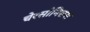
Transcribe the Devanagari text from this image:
चेरसोनिसस